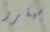
سيقرر